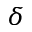
\delta